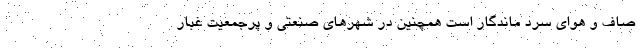
صاف و هوای سرد ماندگار است همچنین در شهرهای صنعتی و پرجمعیت غبار